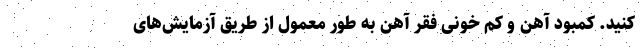
کنید. کمبود آهن و کم خونی فقر آهن به طور معمول از طریق آزمایش‌های